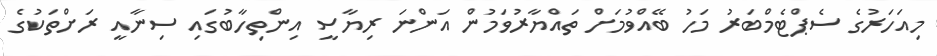
މިއަހަރުގެ ސެޕްޓެމްބަރު މަހު ބޭއްވުމަށް ތައްޔާރުވަމުން އަންނަ ރިޔާސީ އިންތިހާބުގައި ސިނާއީ ރަށްތަކުގެ